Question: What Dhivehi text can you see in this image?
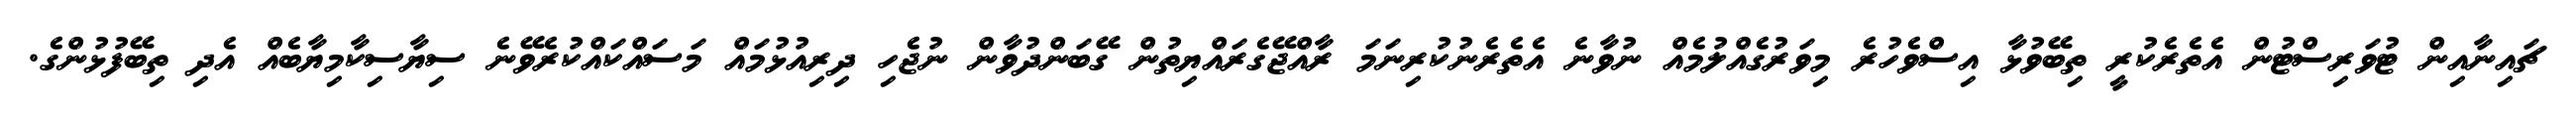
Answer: ޗައިނާއިން ޓުވަރިސްޓުން އެތެރެކުރީ ތިބޭވުޅާ އިސްވެހުރެ މިވަރުގެއްލުމެއް ނުވާނެ އެތެރެނުކުރިނަމަ ރާއްޖޭގެރައްޔިތުން ގޭބަންދުވާން ނުޖެހި ދިރިއުޅުމައް މަސައްކައްކުރެވޭނެ ސިޔާސިކާމިޔާބެއް އެދި ތިބޭފުޅުންގެ.